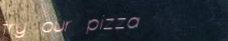
try our pizza